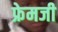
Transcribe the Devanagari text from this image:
फ्रेमजी